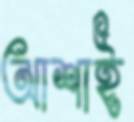
আশাই